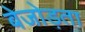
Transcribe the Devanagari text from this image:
बेजोड़ता